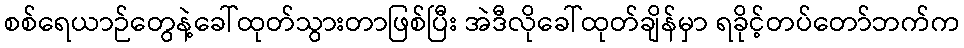
စစ်ရေယာဉ်တွေနဲ့ခေါ်ထုတ်သွားတာဖြစ်ပြီး အဲဒီလိုခေါ်ထုတ်ချိန်မှာ ရခိုင့်တပ်တော်ဘက်က